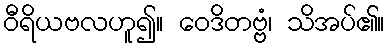
ဝီရိယဗလဟူ၍။ ဝေဒိတဗ္ဗံ၊ သိအပ်၏။